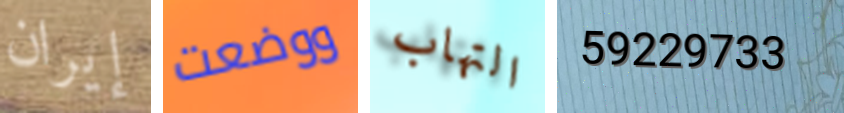
إيران ووضعت التهاب 59229733